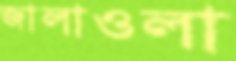
জালাওলা